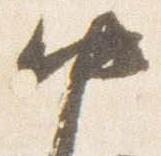
中